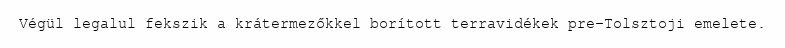
Végül legalul fekszik a krátermezőkkel borított terravidékek pre-Tolsztoji emelete.